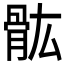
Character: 𲌌